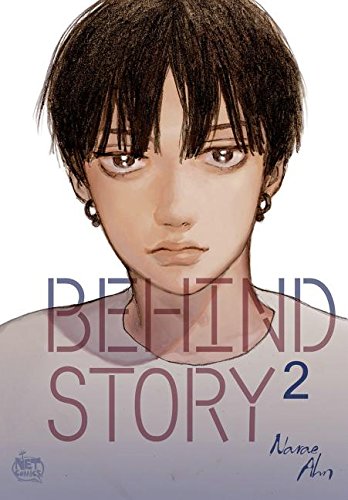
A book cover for Behind Story Volume 2 (Behind Story Gn); Narae Ahn; Comics & Graphic Novels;